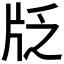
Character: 𱭚